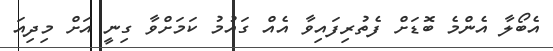
އެބޯލާ އެންމެ ބޮޑަށް ފެތުރިފައިވާ އެއް ގައުމު ކަމަށްވާ ގިނީ އަށް މިދިއަ